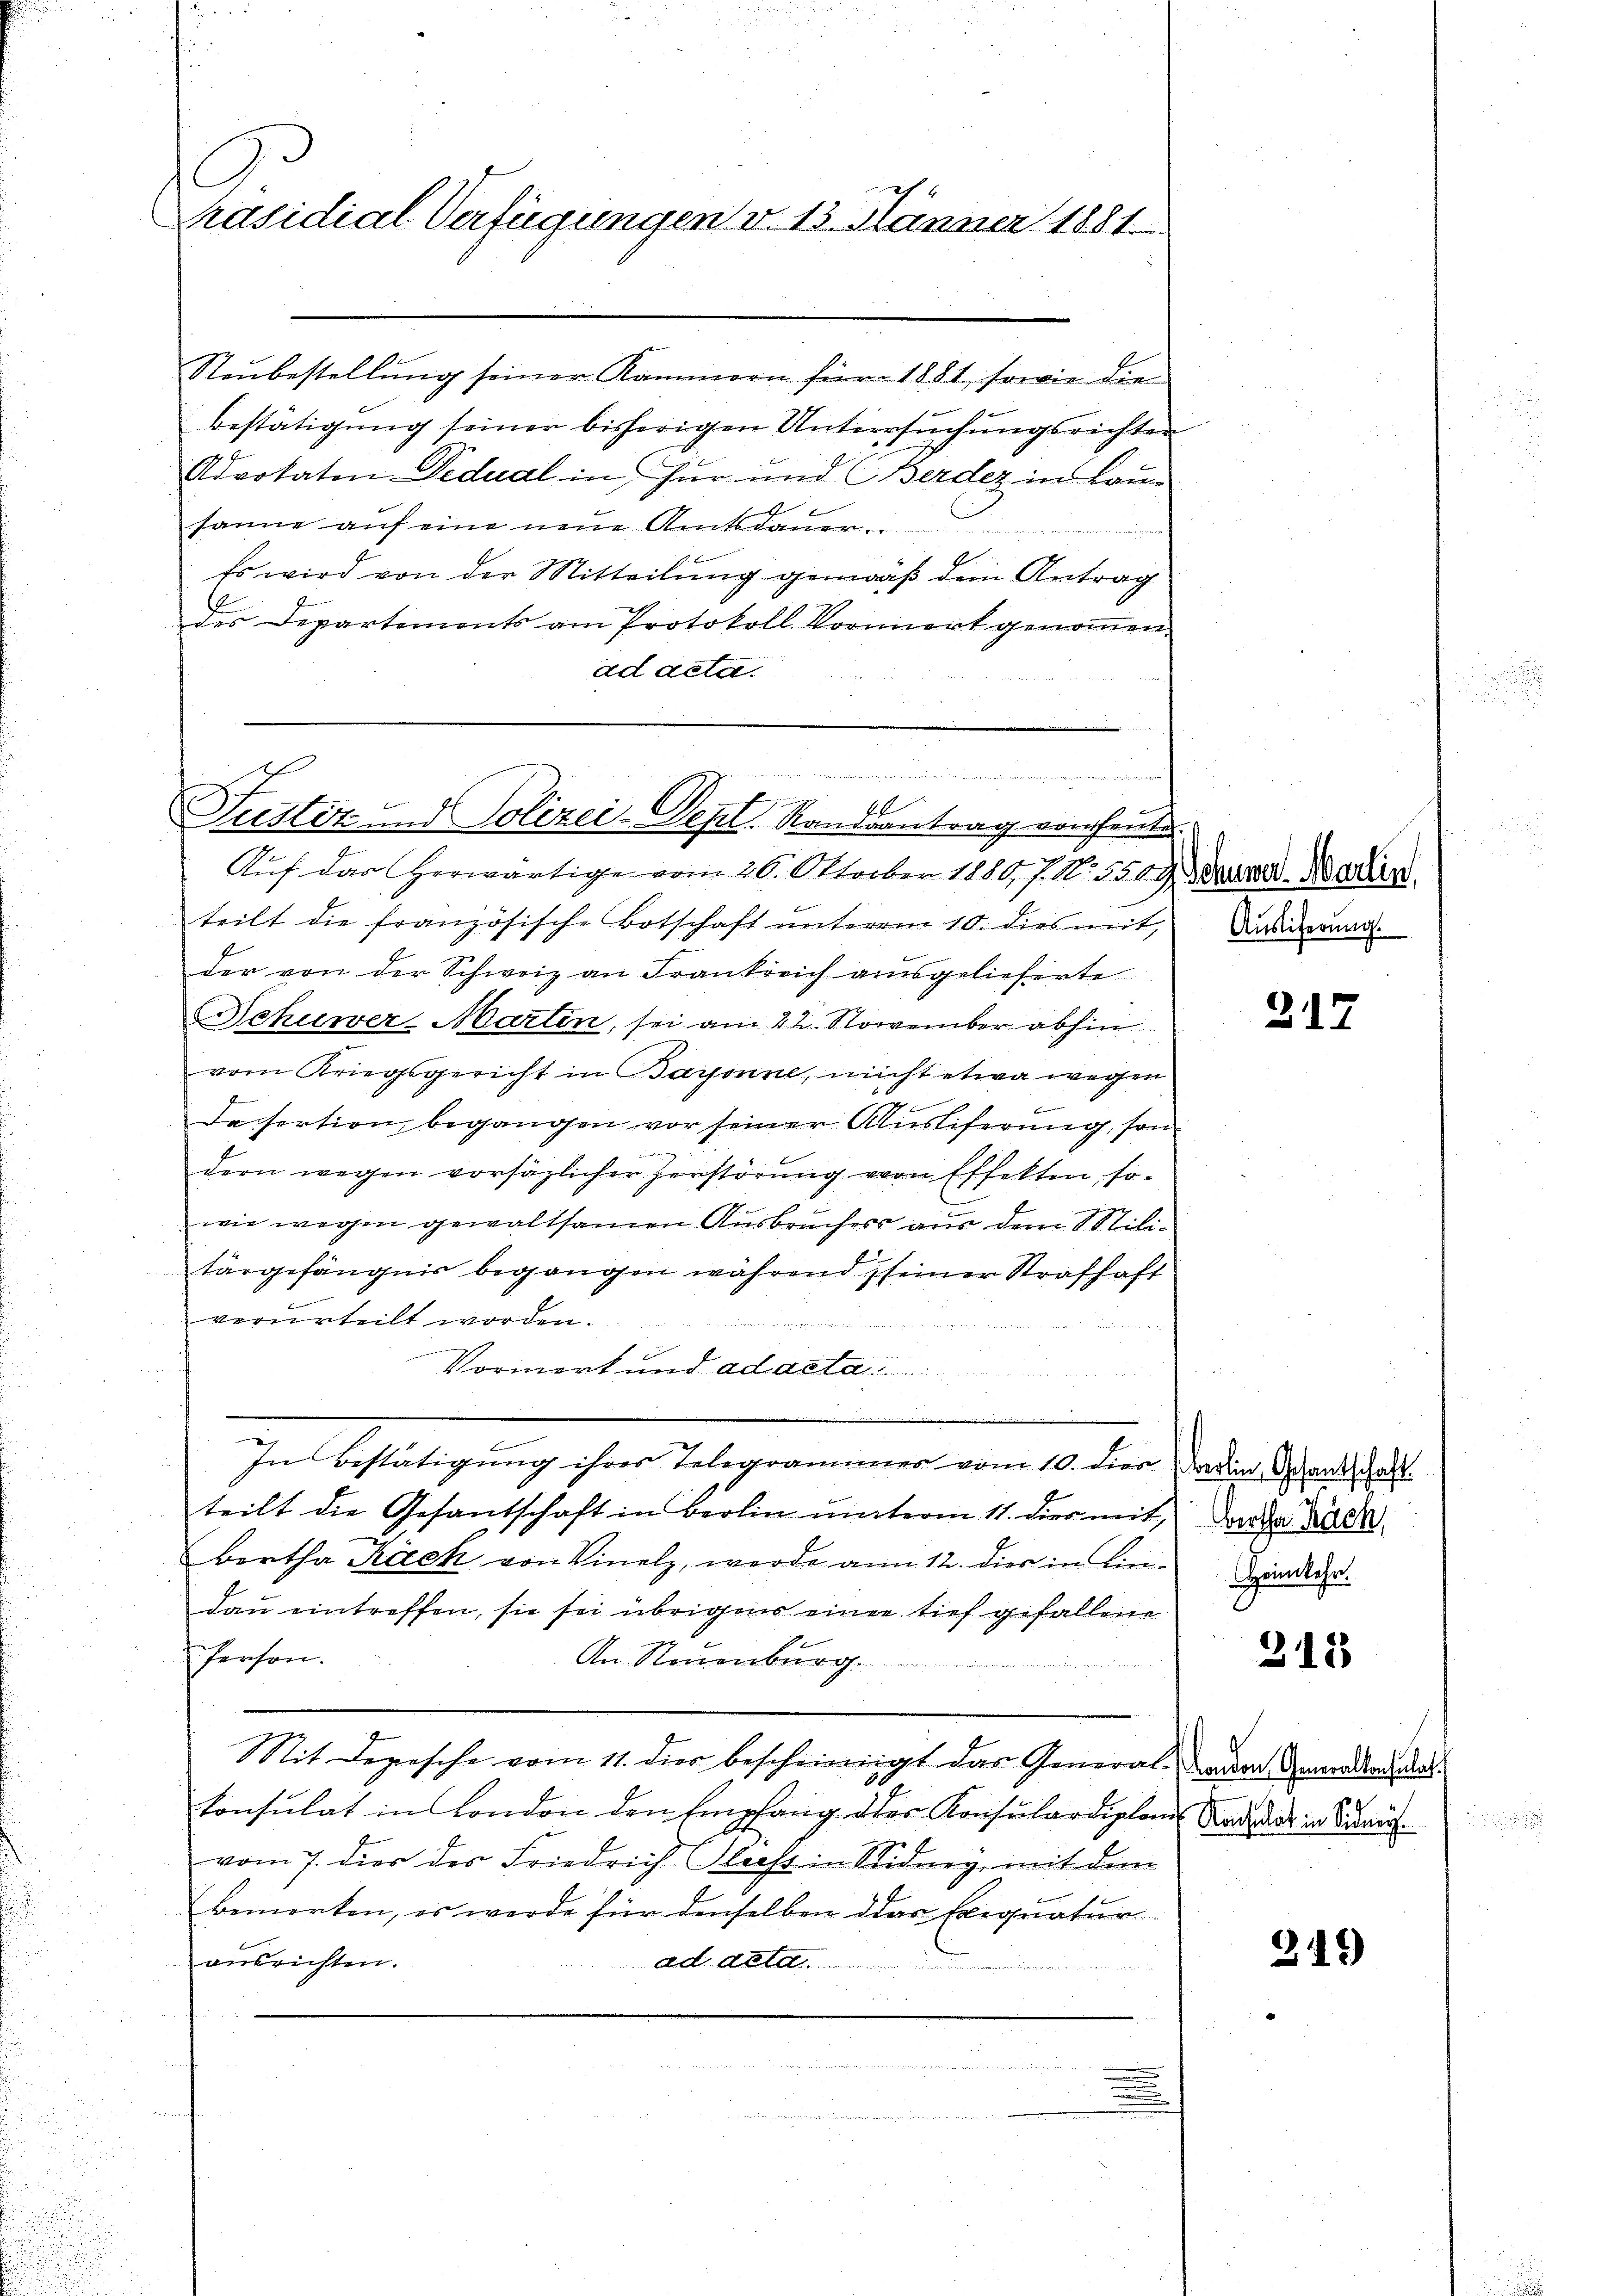
C
Präsidial-Verfügungen v. 13. Jänner 1881

Neŭbestellŭng seiner Kammern für 1881, sowie die
bestätigung seiner bisherigen Untersuchungsrichter
Advokaten Dedudl in für und Berdez in Bausame aŭf eine neŭe Amtsdaŭer.
Es wird von der Mitteilung gemäß dem Antrag
des Departements am Protokoll Vormiert genoṁen.
ad acta.

Be
f
Justitz- und Polizei-Depl. Randsantrag von heute
Auf das herwärtige vom 20. Oktober 1880, 7. No. 5569. Bruner-Warten.

In Bestätigung ihres Telegrammes vom 10. dies

teilt die französische Botschaft unterm 10. dies mit,
der von der Schweiz an Frankreich ausgelieferte
chuwer- Martin, sei am 22. November abhin
vom Kriegsgericht in Baronne, nicht etwa wegen
n
Da fertion begangen vor seiner Ausliferung, son
n
dern wegen vorsäglicher Zerstörung vernfffekten, soe
wie wegen gewaltsamen Ausbruches aus dem Militärgefängnis begangen während seiner Strafhaft
verurteilt worden.
Vormerk und ad acta

teilt die Gesantschaft in Berlin unterm 11. dies mit
Bertha Käck von Vinelz, werde am 12. dies in Ein-Zinden.
dau eintreffen, sie sei übrigens einer tief gefallene
Person.
An Neuenburg.
Mit Deposche vom 11. dies bescheinigt das General-
Consulat in London den Empfang des Konsulardiplon
vom 7. dies des Friedrich Glecht in Sidney, mit dem
bemerken, es werde für denselben das Eignatur
ausrichten.
addeld.
d

.
Auslieferung

317

Berlin, Gesantschaft.
Bertha Räch

213

319

London Generalkonsulat
Konsulat in Sidney